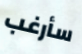
سأرغب